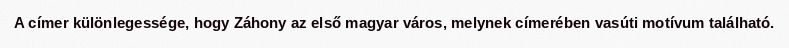
A címer különlegessége, hogy Záhony az első magyar város, melynek címerében vasúti motívum található.